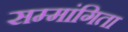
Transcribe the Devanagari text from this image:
सम्मांगिता